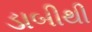
ડાબીથી